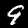
Digit: 9